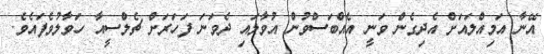
އޭނާ އަމިއްލައަށް އެދިގެން ވަނީ އެއްބަސްވުން އުވާލައި ދެވަނަ ފަހަރަށް ޗެލްސީއާ ހަވާލުވެފައެވެ.